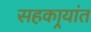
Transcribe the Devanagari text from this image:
सहकार्‍यांत